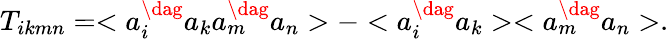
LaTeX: T_{ikmn}=<a_{i}^{\dag}a_{k}a_{m}^{\dag}a_{n}>-<a_{i}^{\dag}a_{k}><a_{m}^{\dag}a_{n}>.